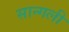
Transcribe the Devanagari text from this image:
सान्गली